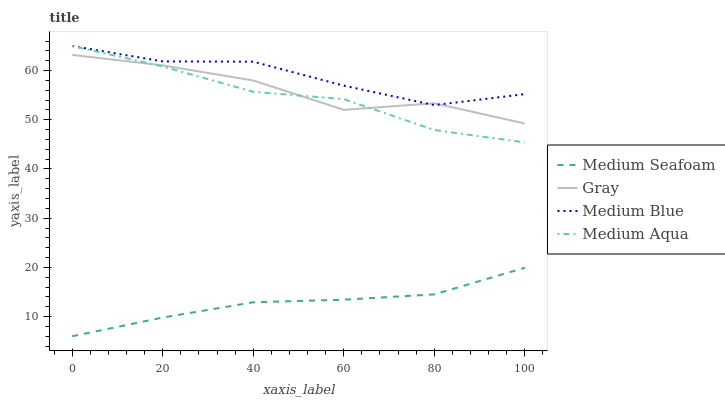
| xaxis_label | Medium Seafoam | Gray | Medium Blue | Medium Aqua |
 | --- | --- | --- | --- | --- |
 | 0 | 6 | 63.2 | 65 | 65 |
 | 20 | 9.81 | 61.1 | 61.9 | 60.8 |
 | 40 | 12.9 | 58 | 61.8 | 55.7 |
 | 60 | 13.4 | 52 | 56.9 | 54.2 |
 | 80 | 14.5 | 53.4 | 53 | 47.9 |
 | 100 | 19.9 | 49.3 | 55.2 | 45.4 |